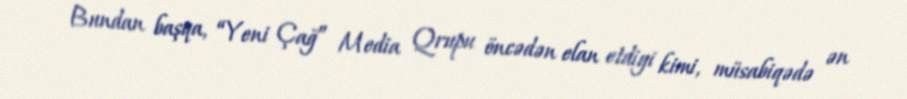
Bundan başqa, “Yeni Çağ” Media Qrupu öncədən elan etdiyi kimi, müsabiqədə ən